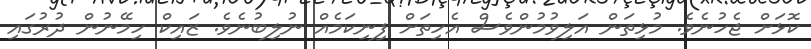
ކޮޅަށް ޖެހުނެވެ. މުޅިތަން އަލިވުމުންވެސް އެހިތަށް ފިނިކަމެއް ނުލިބުނެވެ. ޒައިކް ހިމޭނުން ދުރުގައި